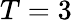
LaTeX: T=3